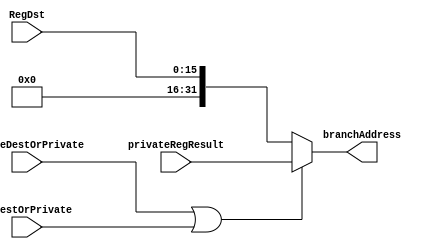
module BranchAddressSelector (
	input DecodeDestOrPrivate, WBDestOrPrivate,
	input [15:0] RegDst,
	input [31:0] privateRegResult,
	output reg [31:0] branchAddress
);
always @(*) begin
  branchAddress = (DecodeDestOrPrivate | WBDestOrPrivate)? privateRegResult : {16'b0, RegDst};
end
endmodule